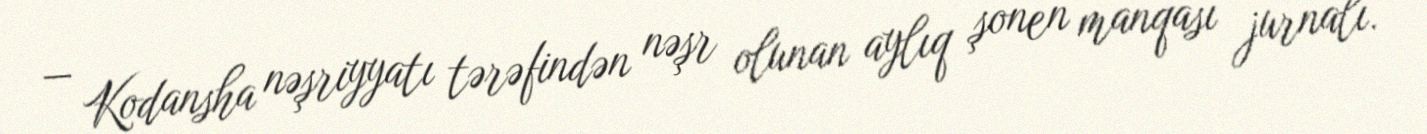
— Kodansha nəşriyyatı tərəfindən nəşr olunan aylıq şonen manqası jurnalı.